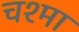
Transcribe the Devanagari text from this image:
चश्‍मा